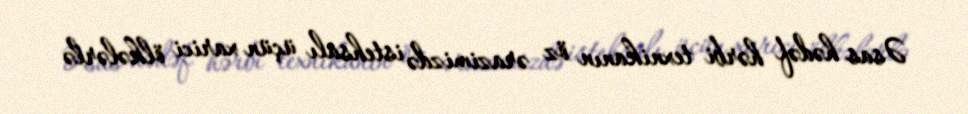
Əsas hədəf hərbi texnikanın öz ərazimizdə istehsalı üçün xarici ölkələrlə